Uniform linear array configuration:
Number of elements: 8
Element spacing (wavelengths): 0.5
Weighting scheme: cosine
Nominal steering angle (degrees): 30
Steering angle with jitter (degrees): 30.178
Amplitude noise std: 0.05
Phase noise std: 0.05

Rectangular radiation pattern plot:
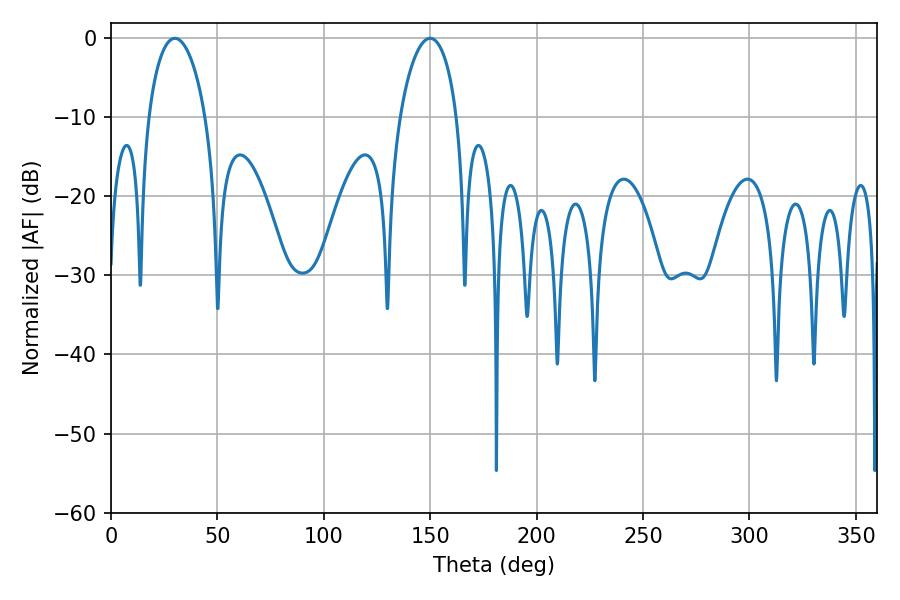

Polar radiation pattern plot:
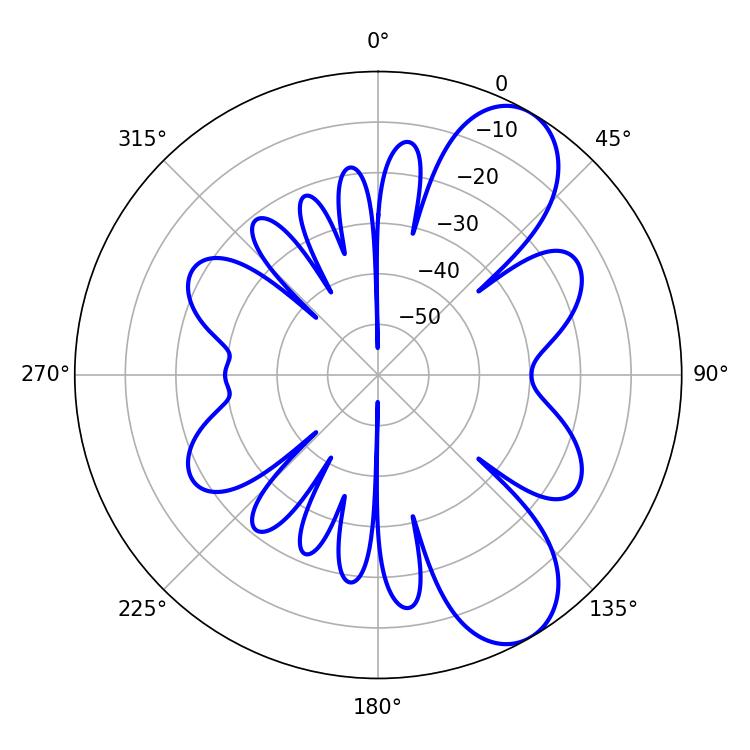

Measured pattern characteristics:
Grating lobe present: FALSE
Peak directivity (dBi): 8.423
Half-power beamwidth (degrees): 15.3
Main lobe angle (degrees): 30.06